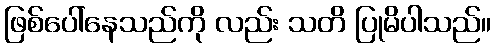
ဖြစ်ပေါ်နေသည်ကို လည်း သတိ ပြုမိပါသည်။